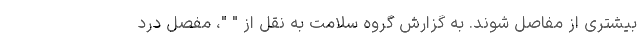
بیشتری از مفاصل شوند. به گزارش گروه سلامت به نقل از " "، مفصل درد